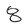
Character: 8